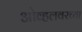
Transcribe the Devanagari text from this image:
ओव्हलवरच्या